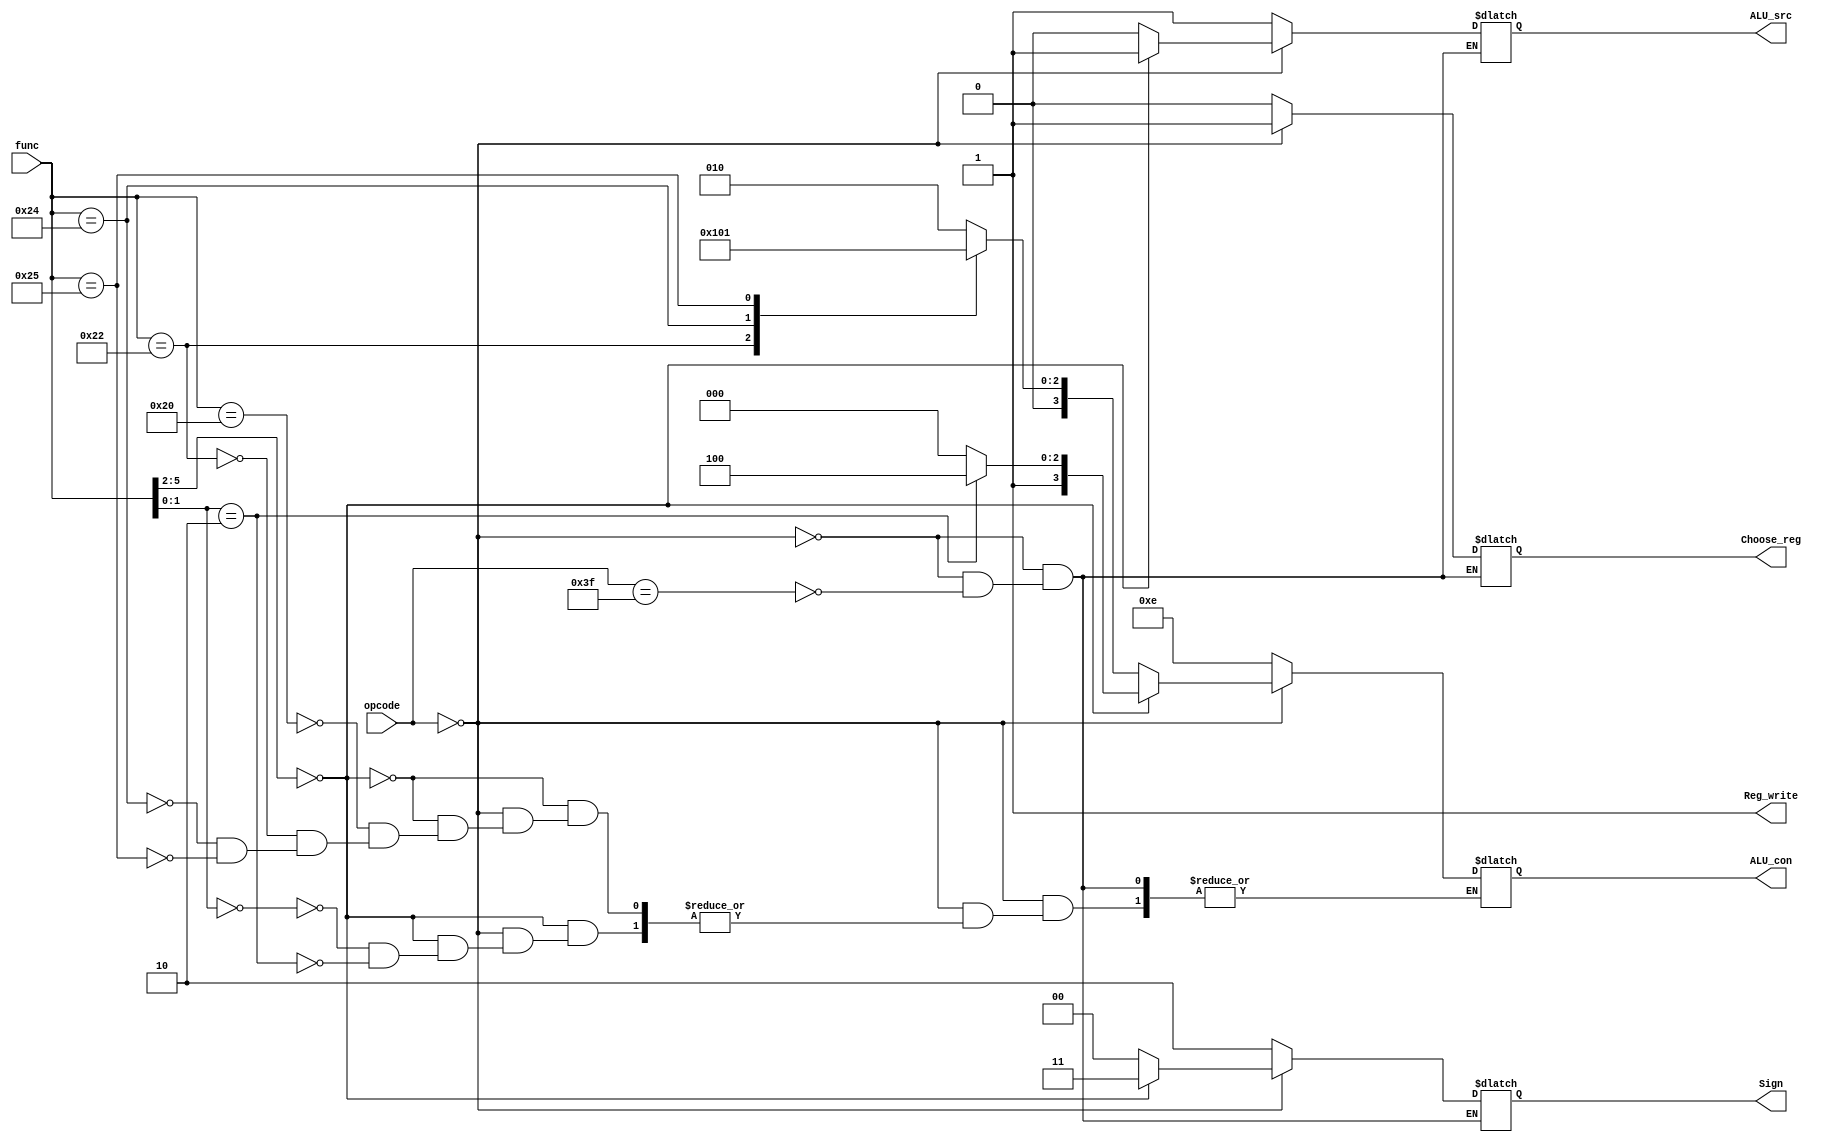
`timescale 1ns / 1ps
//////////////////////////////////////////////////////////////////////////////////
// Company: 
// Engineer: 
// 
// Design Name: 
// Module Name: Control
// Project Name: 
// Target Devices: 
// Tool Versions: 
// Description: 
// 
// Dependencies: 
// 
// Revision:
// Revision 0.01 - File Created
// Additional Comments:
// 
//////////////////////////////////////////////////////////////////////////////////
module Control(
input [5:0] opcode,
input [5:0] func,
output reg [1:0] Sign,
output reg ALU_src,
output reg [3:0] ALU_con,
output reg Reg_write,
output reg Choose_reg
    );
    always @(*)
    begin
        Reg_write = 1'b1; //for all the instructions reg_write is enabled
        if(opcode == 6'b000000) //R-type instructions
        begin
           Choose_reg = 1'b1; //RS1 will be read with this signal
           if(func[5:2] == 4'b0000) //for srl and sll
            begin
                ALU_src = 1'b1; //mux preceding ALU will select the immediate data
                Sign = 2'b11; //sign extend block will be enanbled
                case(func[1:0])
                2'b00:  ALU_con = 4'b1000; //sll
                2'b10:  ALU_con = 4'b1100; //srl
                endcase
            end
           else //for other R-type instructions
            begin
                ALU_src = 1'b0; //mux will select the data from RS2
                Sign = 2'b00; //sign extend is not needed for these instructions
                case(func)
                6'b100000:  ALU_con = 4'b0010; //add
                6'b100010:  ALU_con = 4'b0100; //sub
                6'b100100:  ALU_con = 4'b0000; //and
                6'b100101:  ALU_con = 4'b0001; //or
                endcase
            end
        end
        else if(opcode == 6'b111111) //I-type instruction
        begin
            Choose_reg = 1'b0; //RS1 will be read with this signal
            ALU_src = 1'b1; //mux preceding ALU will select the immediate data
            Sign = 2'b10; //sign extend block will be enanbled
            ALU_con = 4'b1110;
        end    
    end 
endmodule